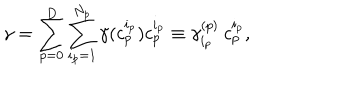
LaTeX: \gamma = \sum _ { p = 0 } ^ { D } \sum _ { i _ { p } = 1 } ^ { N _ { p } } \gamma ( c _ { p } ^ { i _ { p } } ) c _ { p } ^ { i _ { p } } \equiv \gamma _ { i _ { p } } ^ { ( p ) } \: c _ { p } ^ { i _ { p } } ,